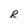
Character: R